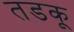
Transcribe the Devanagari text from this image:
तडकू